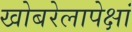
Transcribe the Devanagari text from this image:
खोबरेलापेक्षां